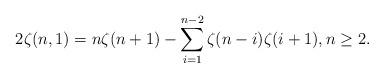
LaTeX: \begin{align*} 2\zeta(n,1)=n\zeta(n+1)-\sum_{i=1}^{n-2} \zeta(n-i)\zeta(i+1), n\geq 2.\end{align*}